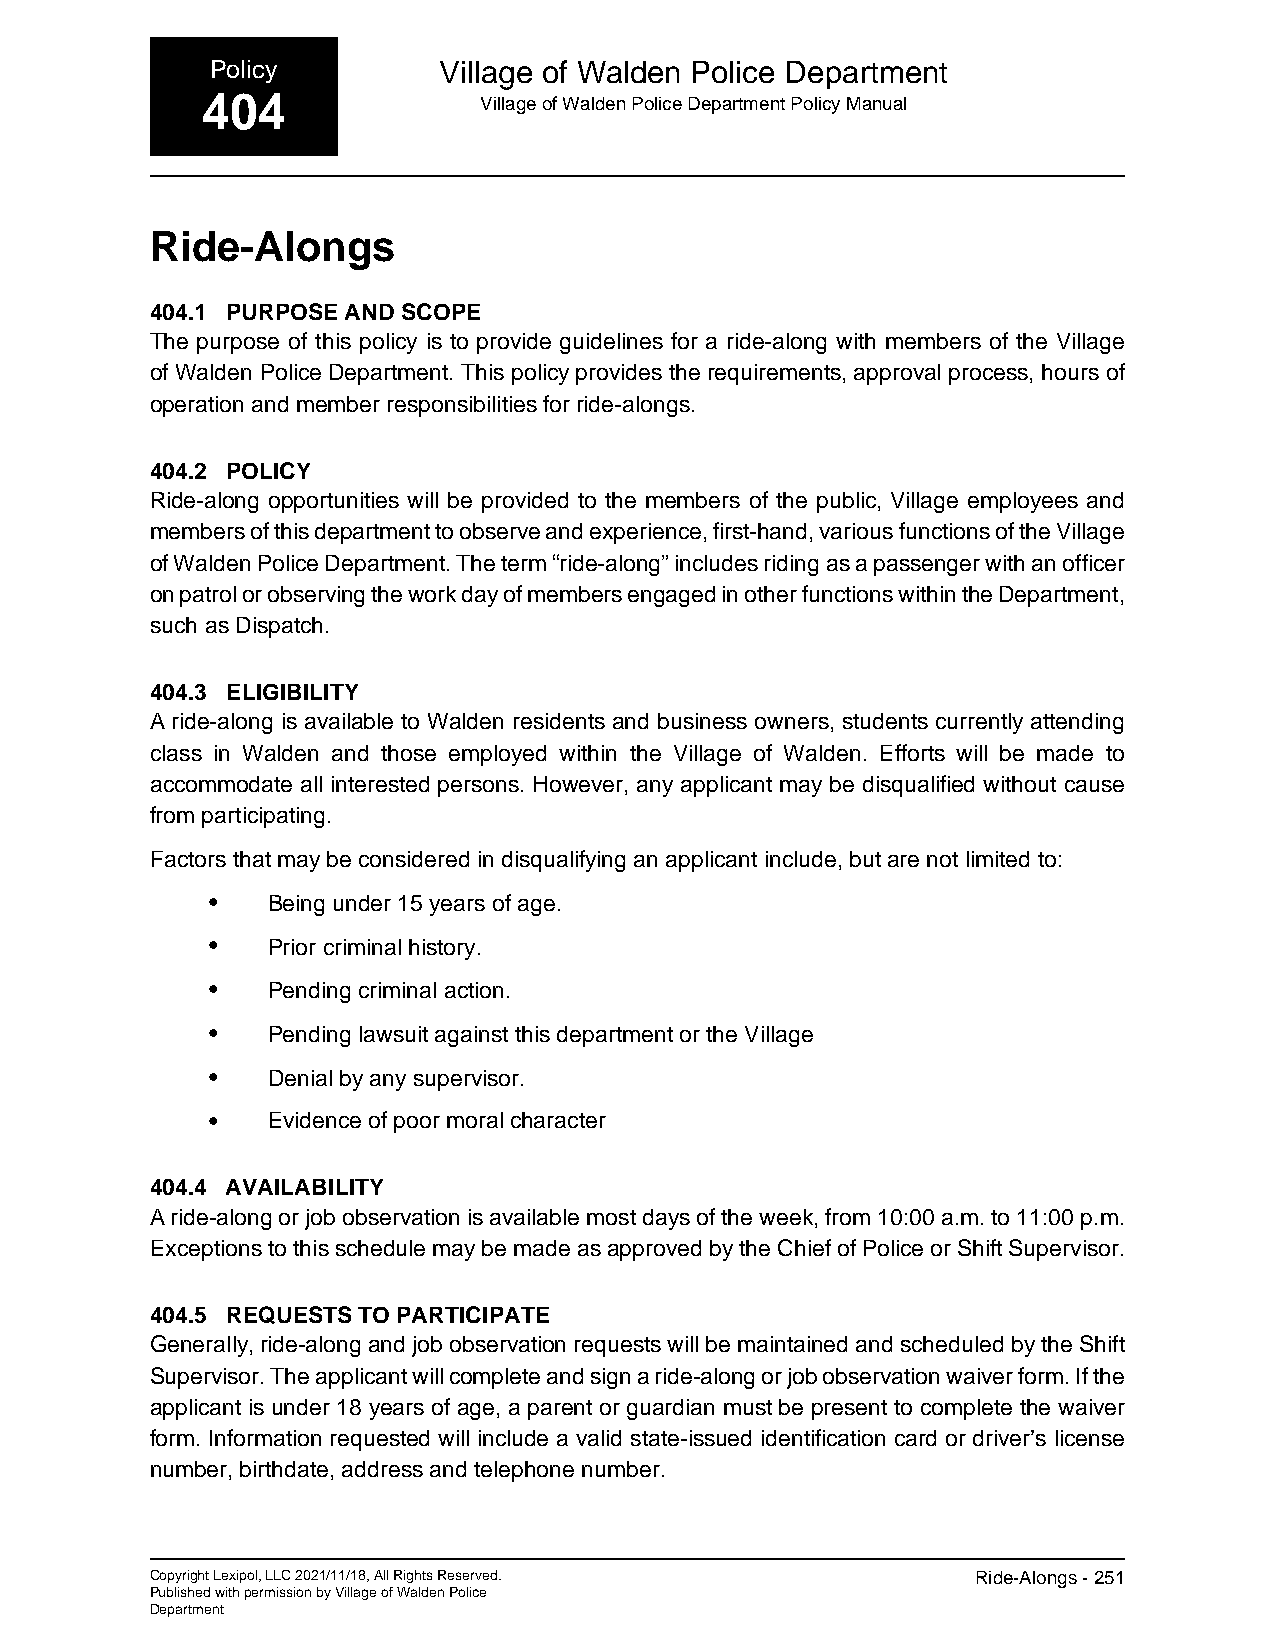
Policy         Village of Walden Police Department
 404                Village of Walden Police Department Policy Manual
 Ride-Alongs
 404.1 PURPOSE AND SCOPE
 The purpose of this policy is to provide guidelines for a ride-along with members of the Village
 of Walden Police Department. This policy provides the requirements, approval process, hours of
 operation and member responsibilities for ride-alongs.
 404.2 POLICY
 Ride-along opportunities will be provided to the members of the public, Village employees and
 members of this department to observe and experience, first-hand, various functions of the Village
 of Walden Police Department. The term “ride-along” includes riding as a passenger with an officer
 on patrol or observing the work day of members engaged in other functions within the Department,
 such as Dispatch.
 404.3 ELIGIBILITY
 A ride-along is available to Walden residents and business owners, students currently attending
 class in Walden and those employed within the Village of Walden. Efforts will be made to
 accommodate all interested persons. However, any applicant may be disqualified without cause
 from participating.
 Factors that may be considered in disqualifying an applicant include, but are not limited to:
 •   Being under 15 years of age.
 •   Prior criminal history.
 •   Pending criminal action.
 •   Pending lawsuit against this department or the Village
 •   Denial by any supervisor.
 •   Evidence of poor moral character
 404.4 AVAILABILITY
 A ride-along or job observation is available most days of the week, from 10:00 a.m. to 11:00 p.m.
 Exceptions to this schedule may be made as approved by the Chief of Police or Shift Supervisor.
 404.5 REQUESTS TO PARTICIPATE
 Generally, ride-along and job observation requests will be maintained and scheduled by the Shift
 Supervisor. The applicant will complete and sign a ride-along or job observation waiver form. If the
 applicant is under 18 years of age, a parent or guardian must be present to complete the waiver
 form. Information requested will include a valid state-issued identification card or driver’s license
 number, birthdate, address and telephone number.
 Copyright Lexipol, LLC 2021/11/18, All Rights Reserved. Ride-Alongs - 251
 Published with permission by Village of Walden Police
 Department